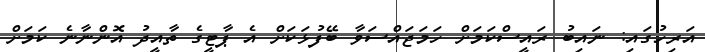
އަރިހުގައި: ނައިބު ރައީސްކަމަށް ހަމަޖައްސަވާ ބޭފުޅަކަށް އެ ޕާޓީގެ ތާއީދު އޮންނާނެ ކަމަށް